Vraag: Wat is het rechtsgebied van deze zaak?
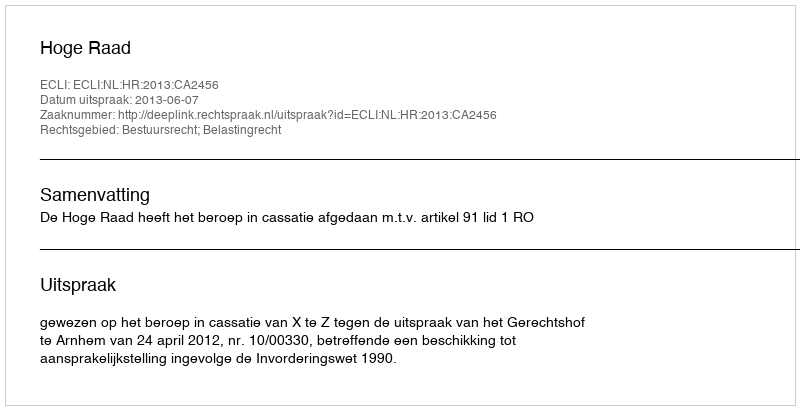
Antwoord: Bestuursrecht; Belastingrecht